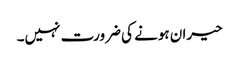
حیران ہونے کی ضرورت نہیں۔